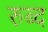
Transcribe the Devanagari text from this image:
रुब्द